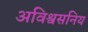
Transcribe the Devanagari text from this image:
अविश्वसनिय